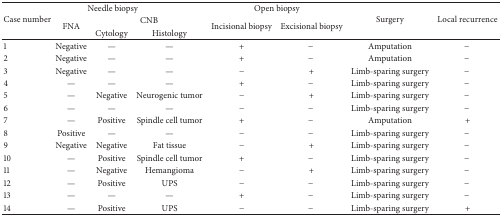
| <ROWSPAN=3> Case number | <COLSPAN=3> Needle biopsy | <COLSPAN=2> Open biopsy | <ROWSPAN=3> Surgery | <ROWSPAN=3> Local recurrence |
 | <ROWSPAN=2> FNA | <COLSPAN=2> CNB | <ROWSPAN=2> Incisional biopsy | <ROWSPAN=2> Excisional biopsy |
 | Cytology | Histology |
 | --- | --- | --- | --- | --- | --- | --- | --- |
 | 1 | Negative | — | — | + | − | Amputation | − |
 | 2 | Negative | — | — | + | − | Amputation | − |
 | 3 | Negative | — | — | − | + | Limb-sparing surgery | − |
 | 4 | — | — | — | + | − | Limb-sparing surgery | − |
 | 5 | — | Negative | Neurogenic tumor | − | + | Limb-sparing surgery | − |
 | 6 | — | — | — | − | − | Limb-sparing surgery | − |
 | 7 | — | Positive | Spindle cell tumor | + | − | Amputation | + |
 | 8 | Positive | — | — | − | − | Limb-sparing surgery | − |
 | 9 | Negative | Negative | Fat tissue | − | + | Limb-sparing surgery | − |
 | 10 | — | Positive | Spindle cell tumor | + | − | Limb-sparing surgery | − |
 | 11 | — | Negative | Hemangioma | − | + | Limb-sparing surgery | − |
 | 12 | — | Positive | UPS | − | − | Limb-sparing surgery | − |
 | 13 | — | — | — | + | − | Limb-sparing surgery | − |
 | 14 | — | Positive | UPS | − | − | Limb-sparing surgery | + |